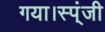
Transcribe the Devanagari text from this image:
गया।स्प्ंजी